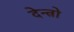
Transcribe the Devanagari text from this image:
देन्त्रो